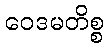
ဝေဒမတိစ္စ